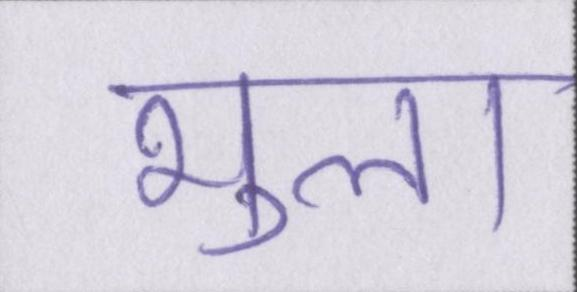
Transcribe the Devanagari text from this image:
भुला